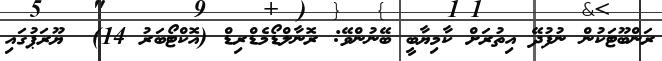
ރަންބޫޓަކުން ނުފުދޭ އިތުރަށް ކާމިޔާބީ ބޭނުންވޭ: ރޮނާލްޑޯމެޑްރިޑް (އޮކްޓޯބަރު 14)  ޔޫރަޕުގައި